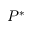
P ^ { * }